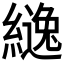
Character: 𮉅